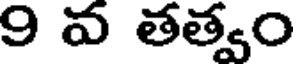
9 వ తత్వం